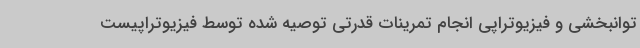
توانبخشی و فیزیوتراپی انجام تمرینات قدرتی توصیه شده توسط فیزیوتراپیست